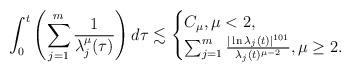
LaTeX: \begin{align*}\int_{0}^{t}\left(\sum_{j=1}^{m}\frac{1}{{\lambda_{j}^{\mu}(\tau)}}\right)d\tau\lesssim\begin{cases}C_{\mu}, \mu<2,\\\sum_{j=1}^{m}\frac{|\ln \lambda_{j}(t)|^{101}}{\lambda_{j}(t)^{\mu-2}}, \mu \geq 2.\end{cases}\end{align*}